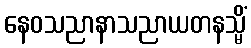
နေဝသညာနာသညာယတနသ္မိံ